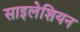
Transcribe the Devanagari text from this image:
साइलेशियन